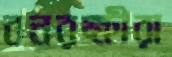
বনরক্ষীরা